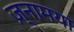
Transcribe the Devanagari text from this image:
ज़्नामया